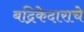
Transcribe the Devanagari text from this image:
बद्रिकेदाराचे